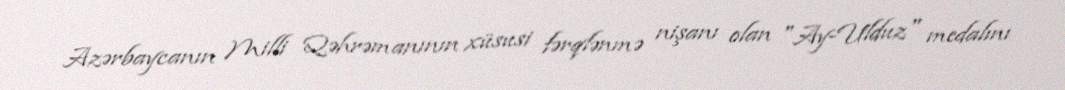
Azərbaycanın Milli Qəhrəmanının xüsusi fərqlənmə nişanı olan "Ay-Ulduz" medalını